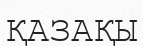
ҚАЗАҚЫ